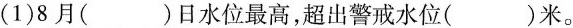
(1)8月()日水位最高，超出警戒水()米。